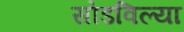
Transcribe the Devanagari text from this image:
सोडविल्या